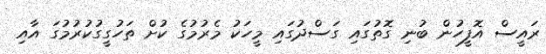
ރައީސް އޮފީހުން ބުނި ގޮތުގައި ގަސްދުގައި މީހަކު މެރުމުގެ ކުށް ތަހުގީގުކުރުމުގަ އާއި